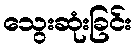
သွေးဆုံးခြင်း